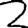
Digit: 2